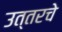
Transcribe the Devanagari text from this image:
उत्तरचे